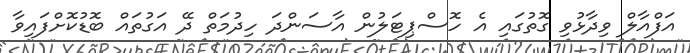
އަފްއާލް ވިދާޅުވި ގޮތުގައި އެ ހޮސްޕިޓަލުން އާސަންދަ ހިދުމަތް ދޭ އަގުތައް ބޮޑުކޮށްފައިވާ